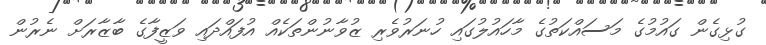
ގުޅިގެން ގައުމުގެ މަސައްކަތުގެ މާހައުލުގައި ހުނަރުވެރި ޒުވާނުންތަކެއް އުފައްދައި ވަޒީފާގެ ބާޒާރަށް ނެރުން